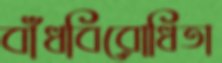
বাঁধবিরোধিতা